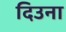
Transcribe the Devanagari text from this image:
दिउना